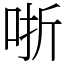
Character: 哳